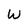
Character: W